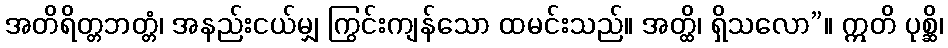
အတိရိတ္တဘတ္တံ၊ အနည်းငယ်မျှ ကြွင်းကျန်သော ထမင်းသည်။ အတ္ထိ၊ ရှိသလော”။ ဣတိ ပုစ္ဆိ၊